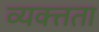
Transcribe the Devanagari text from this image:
व्यक्त्तता